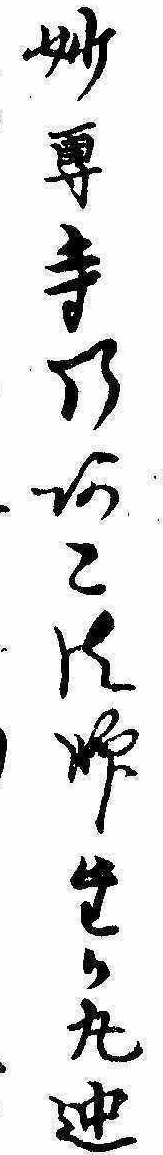
妙専寺のあこ法師たか丸迚